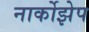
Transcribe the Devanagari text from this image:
नार्कोझेप